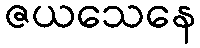
ဇယသေနေ